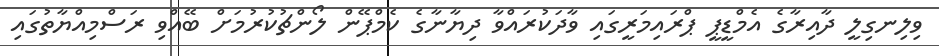
ވިލިނގިލީ ދާއިރާގެ އެމްޑީޕީ ޕްރައިމަރީގައި ވާދަކުރައްވާ ދިޔާނާގެ ކެމްޕޭން ލޯންޗުކުރުމަށް ބޭއްވި ރަސްމިއްޔާތުގައި